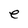
Character: e